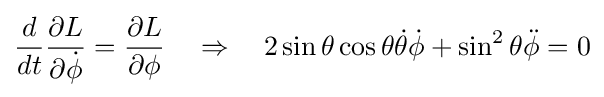
{\frac {d}{dt}}{\frac {\partial L}{\partial {\dot {\phi }}}}={\frac {\partial L}{\partial \phi }}\quad \Rightarrow \quad 2\sin \theta \cos \theta {\dot {\theta }}{\dot {\phi }}+\sin ^{2}\theta {\ddot {\phi }}=0